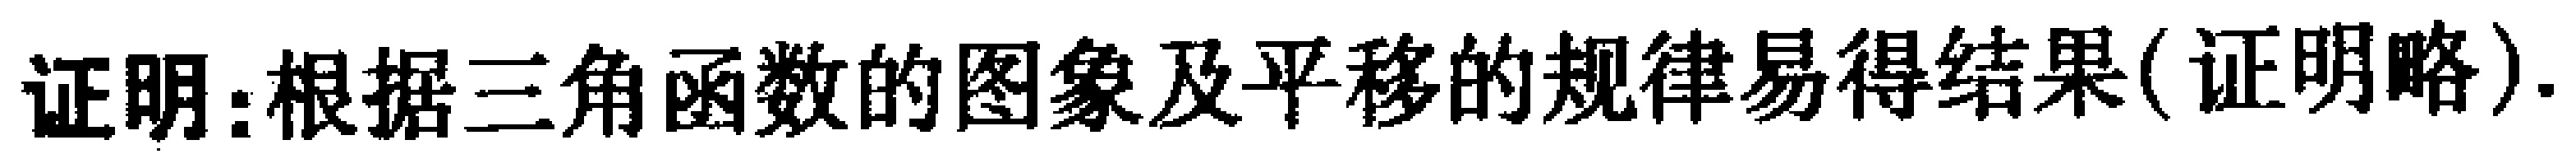
证明：根据三角函数的图象及平移的规律易得结果(证明略).